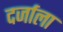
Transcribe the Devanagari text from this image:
दर्जाला